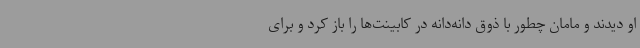
او دیدند و مامان چطور با ذوق دانه‌دانه در کابینت‌ها را باز کرد و برای